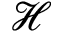
\mathcal { H }